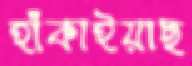
হাঁকাইয়াছ